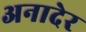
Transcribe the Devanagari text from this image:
अनादेर